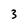
Character: 3